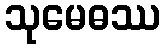
သုမေဓဿ